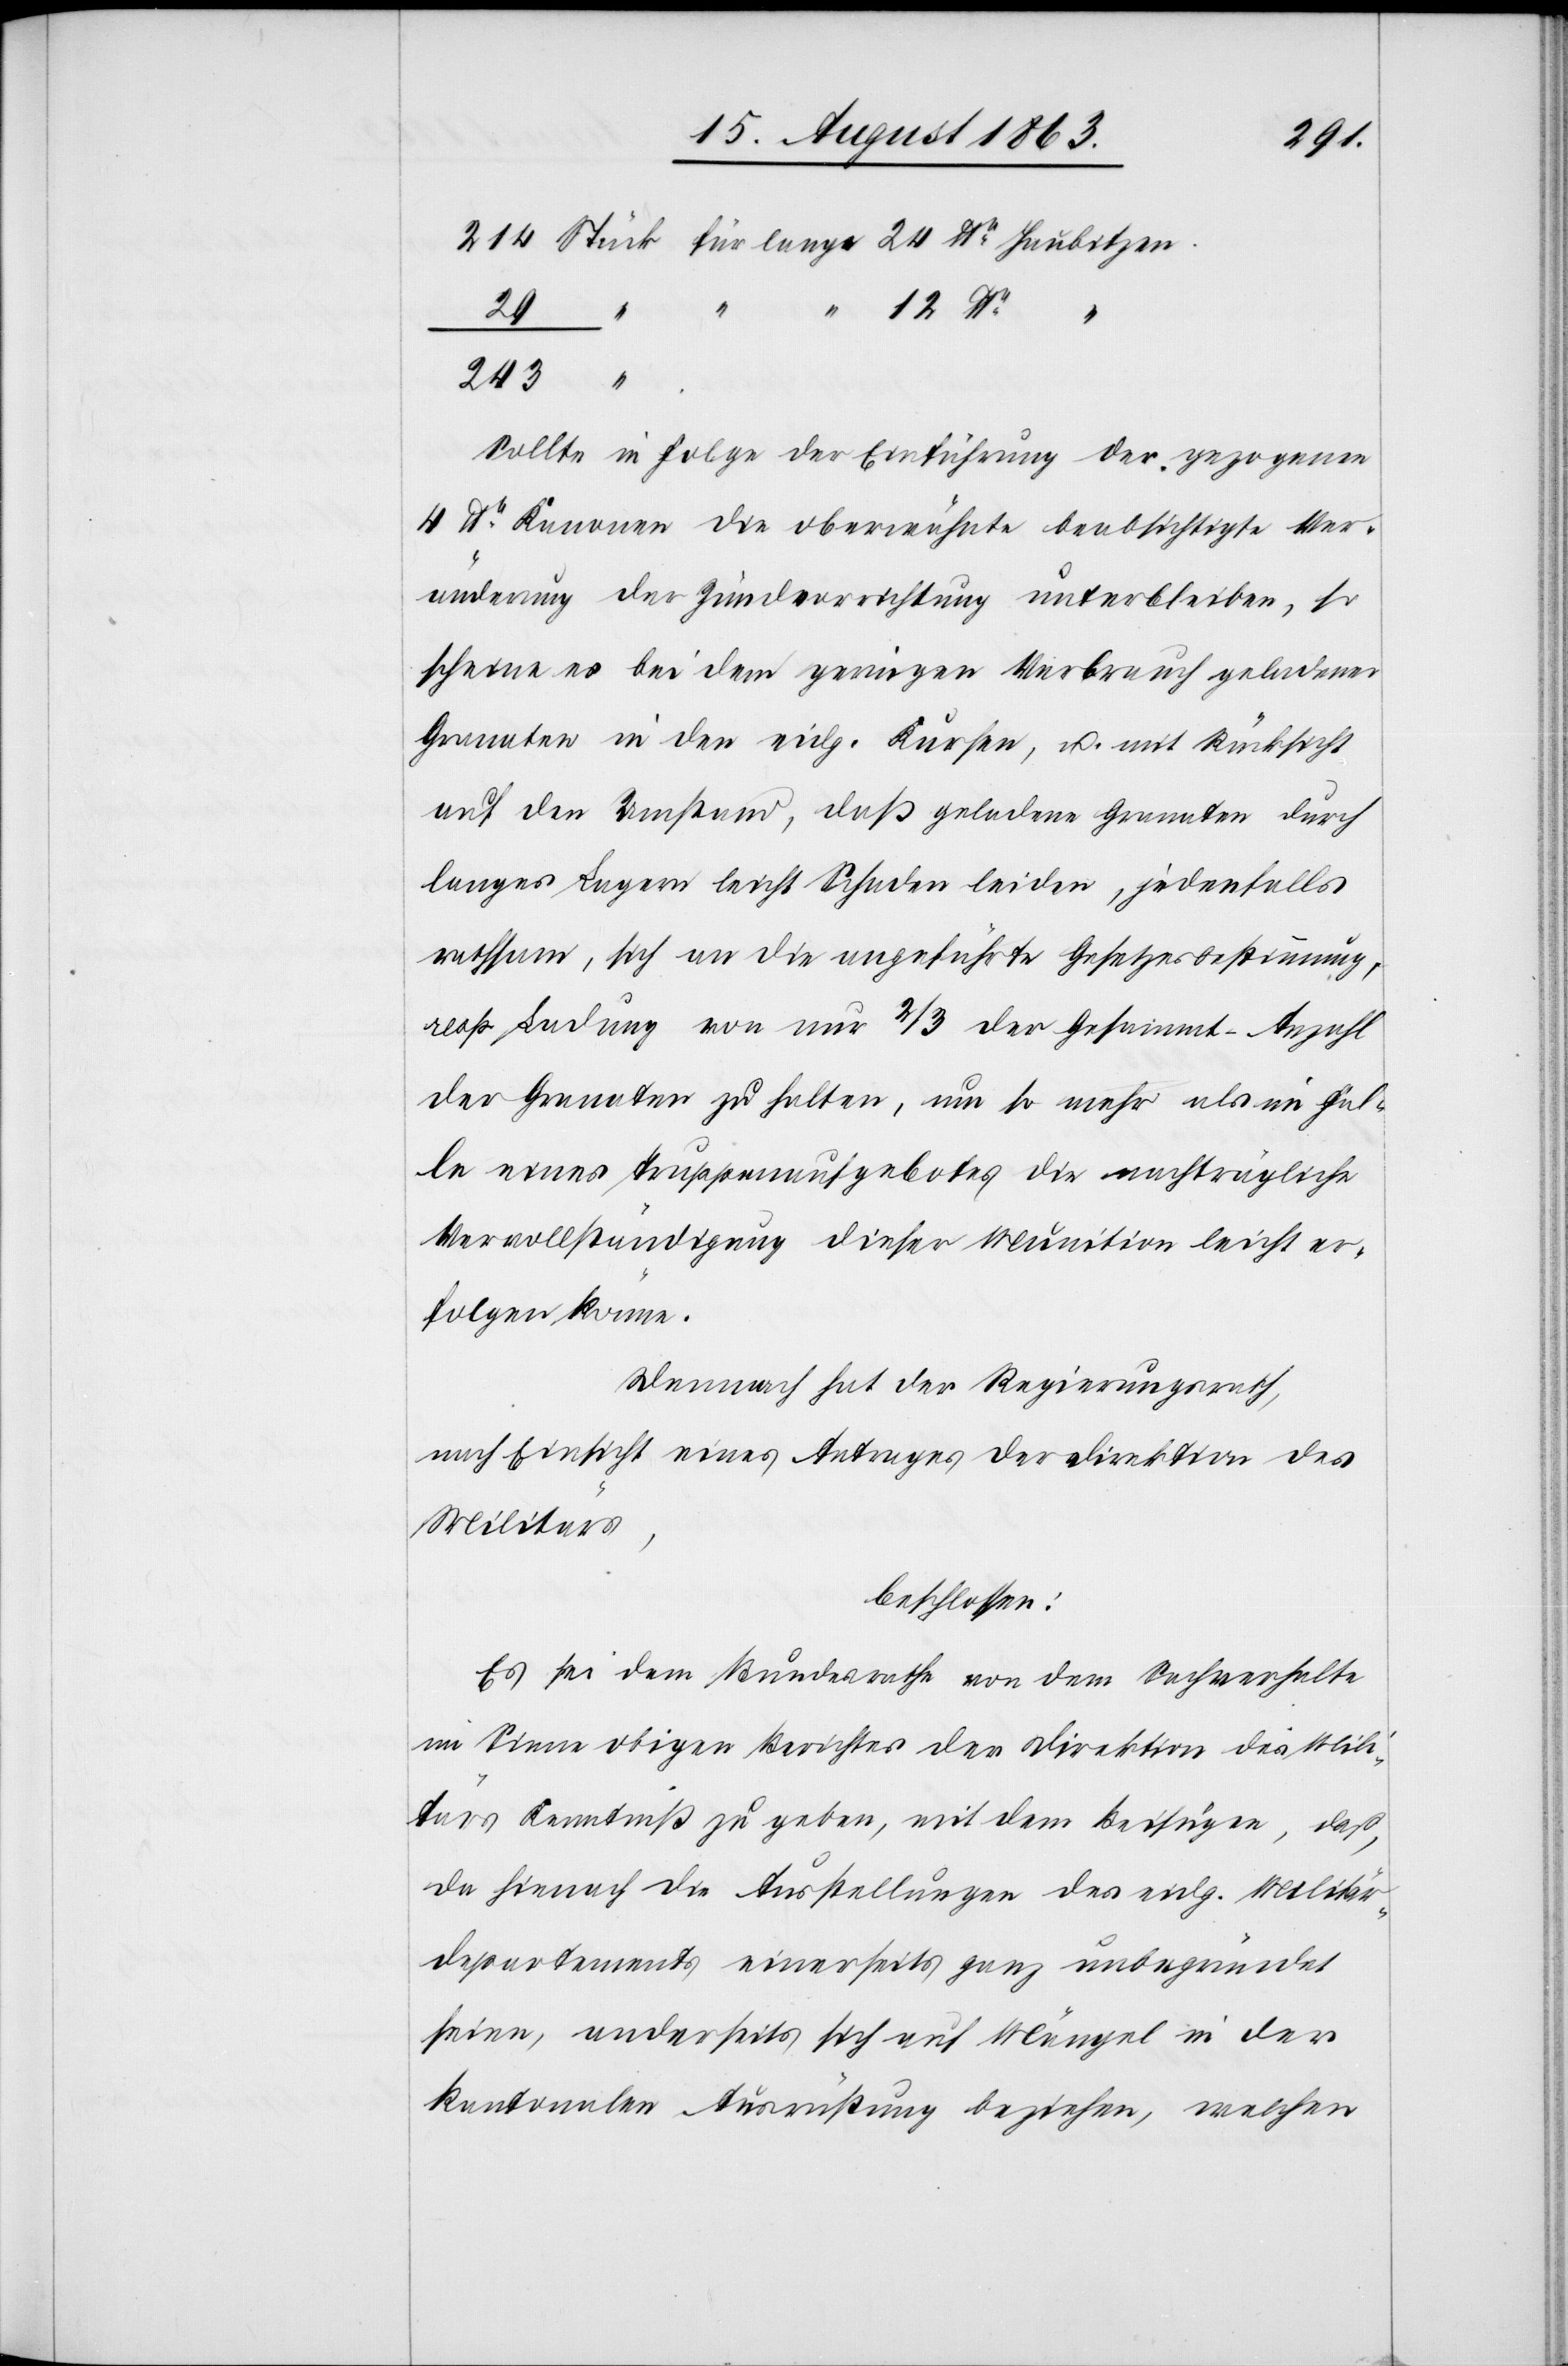
243	“
214 Stück für lange 24 lbr Haubitzen.
Sollte in Folge der Einführung der gezogenen
4 lbr Kanonen die oberwähnte beabsichtigte Ver¬
änderung der Zündvorrichtung unterbleiben, so
scheine es bei dem geringen Verbrauch geladener
Granaten in den eidg. Kursen, u. mit Rücksicht
auf den Umstand, daß geladene Granaten durch
langes Lagern leicht Schaden leiden, jedenfalls
rathsam, sich an die angeführte Gesetzesbestimmung,
resp. Ladung von nur 2/3 der Gesammt-Anzahl
der Granaten zu halten, um so mehr als im Fal¬
le eines Truppenaufgebotes die nachträgliche
Vervollständigung dieser Munition leicht er¬
folgen könne.
Demnach hat der Regierungsrath,
nach Einsicht eines Antrages der Direktion des
Militärs,
beschlossen:
Es sei dem Bundesrathe von dem Sachverhalte
im Sinne obigen Berichtes der Direktion des Mili¬
tärs Kenntniß zu geben, mit dem Beifügen, daß,
da hienach die Ausstellungen des eidg. Militär¬
departements einerseits ganz unbegründet
seien, anderseits sich auf Mängel in der
kantonalen Ausrüstung beziehen, welchen